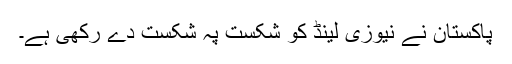
پاکستان نے نیوزی لینڈ کو شکست پہ شکست دے رکھی ہے۔